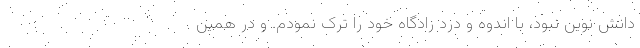
دانش نوین نبود، با اندوه و درد زادگاه خود را ترک نمودم. و در همین